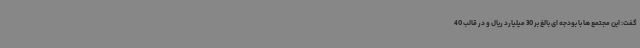
گفت: این مجتمع ها با بودجه ای بالغ بر 30 میلیارد ریال و در قالب 40